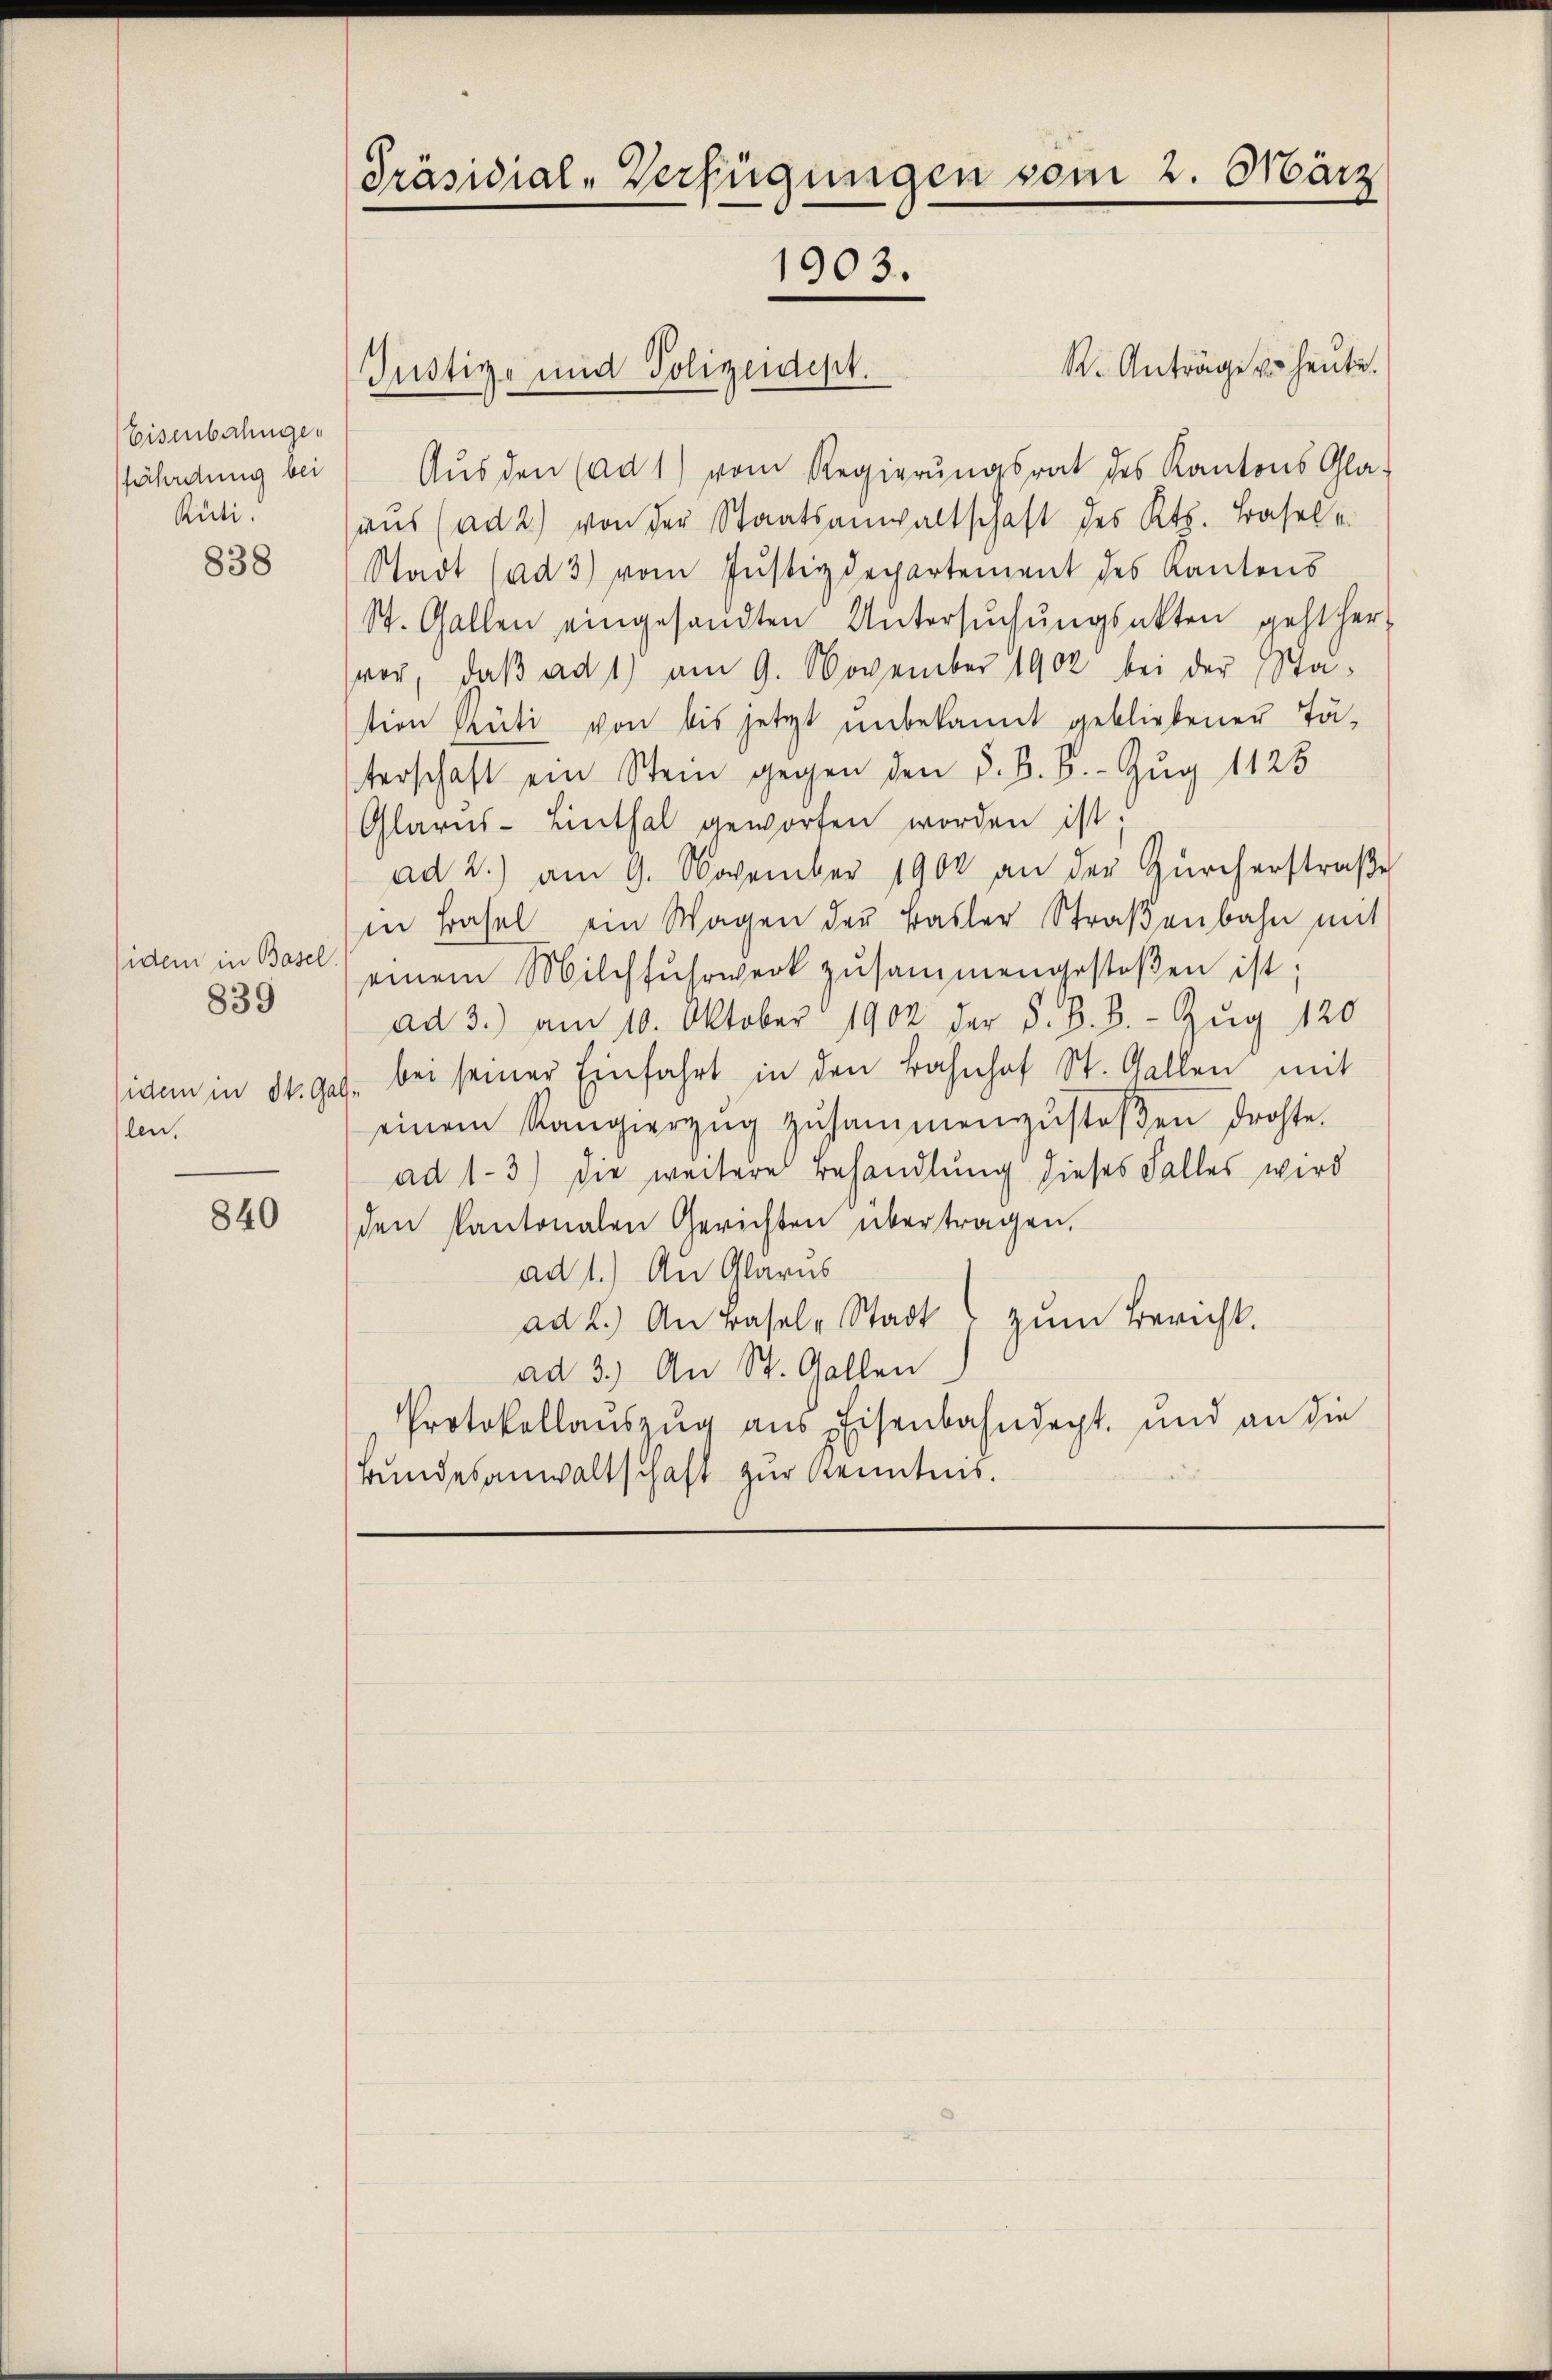
Eisenbahngefähretung bei
Rüti.

838

idem in Basel.
idem in St. Gal
len.

839

840

Präsidial-Verfügungen vom 2. März
1903.

Justiz- und Polizeidept.

R. Anträge u. heute.
Aus den (ad 1) vom Regierŭngsrat des Kantons Gla-
aus (ad 2) von der Staatsanwaltschaft des Kt. Basel e
Stadt (ad 3) vom Justizdepartement des Kantons
St. Gallen eingesandten Untersŭchŭngsakten geht her-
vor, daβ ad 1) am 9. November 1902 bei der Sta-
tion Rüti von bis jetzt unbekannt gebliebenen Tä-
terschaft ein Stein gegen den d. B. B. - Zug 1125
Glarus-Linthal geworfen worden ist;
ad 2.) am 9. November 1900 an der Zürcherstraβe
in Basel ein Wagen der Basler Straβenbahn mit
einem Milchfuhrwerk zusammengestoßen ist;
ad 3.) am 10. Oktober 1902 der S. B. B. Zŭg 120
bei seiner Einfahrt in den Bahnhof St. Gallen mit
einem Rangierzŭg zŭsammenzŭstoβen drohte.
ad 1-3.) Die weitere Behandlung dieses Falles wird
den Kantonalen Gerichten übertragen,
ad 1.) An Glarus
ad 2.) An Basel-Stadt zŭm Bericht.
ad 3.) An St. Gallen
Protokollauszug aus Eisenbahndept. und an die
Bundesanwaltschaft zur Kenntnis.